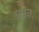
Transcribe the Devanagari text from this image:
पृष्ठतः